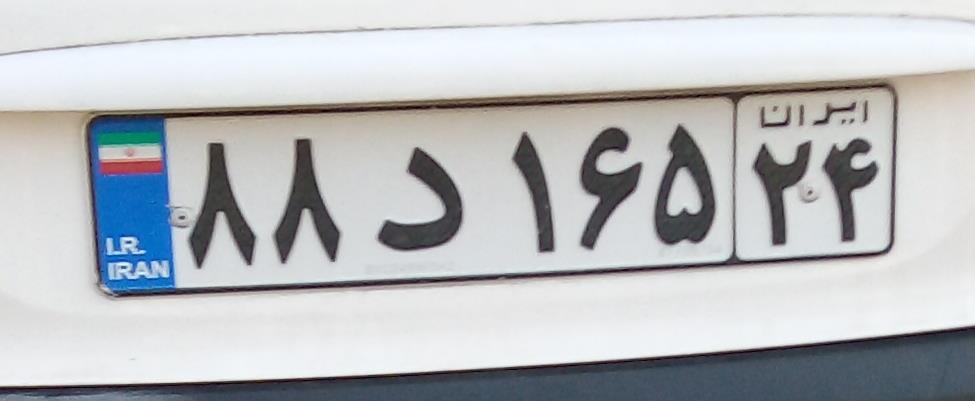
۸۸د۱۶۵۲۴